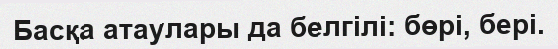
Басқа атаулары да белгілі: бөрі, бері.